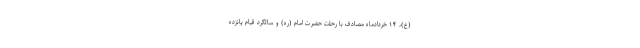
(ع)، ۱۴ خردادماه مصادف با رحلت حضرت امام (ره) و سالگرد قیام پانزده